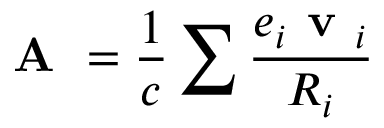
\textbf { A } = \frac { 1 } { c } \sum \frac { e _ { i } \textbf { v } _ { i } } { R _ { i } }